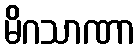
မိဂသာဏာ